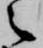
之